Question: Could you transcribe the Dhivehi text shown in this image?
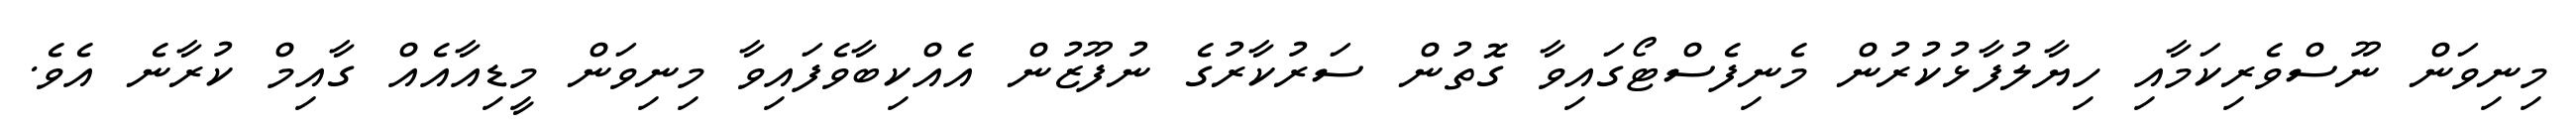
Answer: މިނިވަން ނޫސްވެރިކަމާއި ހިޔާލުފާޅުކުރުން މެނިފެސްޓޯގައިވާ ގޮތުން ސަރުކާރުގެ ނުފޫޒުން އެއްކިބާވެފައިވާ މިނިވަން މީޑިއާއެއް ގާއިމް ކުރާނެ އެވެ.